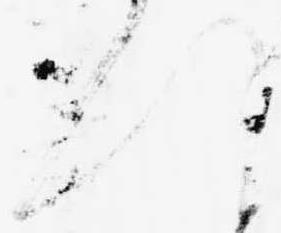
へ